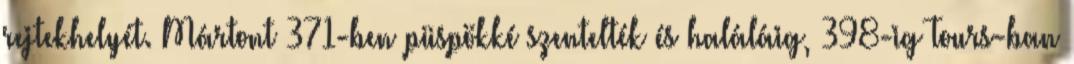
rejtekhelyét. Mártont 371-ben püspökké szentelték és haláláig, 398-ig Tours-ban